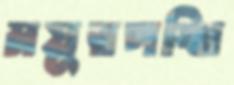
ময়ূরপঙ্খি